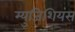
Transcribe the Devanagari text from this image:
म्युजिशियंस